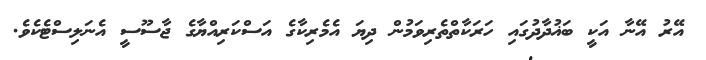
އޭރު އޭނާ އަކީ ބަޣުދާދުގައި ހަރަކާތްތެރިވަމުން ދިޔަ އެމެރިކާގެ އަސްކަރިއްޔާގެ ޖާސޫސީ އެނަލިސްޓެކެވެ.